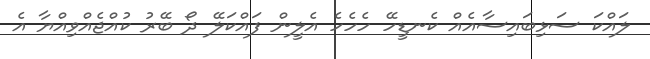
ލައްކަ ސަޅިބައިސާއެއް ކެނޑީހޭ ހެހެހެ އެލީން ފައްކަލޭ ދޯ ބޭރު ކުއްޖެއްވިއްޔާ އެ